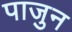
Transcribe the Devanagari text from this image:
पाजुन